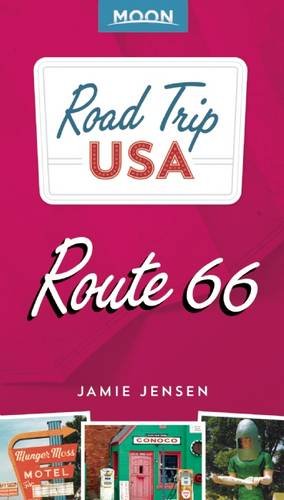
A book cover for Road Trip USA Route 66; Jamie Jensen; Travel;